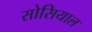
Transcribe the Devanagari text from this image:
सोसियाल